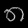
Digit: ၈